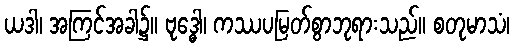
ယဒါ၊ အကြင်အခါ၌။ ဗုဒ္ဓေါ၊ ကဿပမြတ်စွာဘုရားသည်။ စတုမာသံ၊